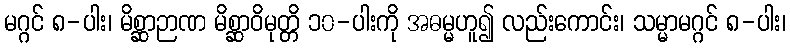
မဂ္ဂင် ၈-ပါး၊ မိစ္ဆာဉာဏ မိစ္ဆာဝိမုတ္တိ ၁၀-ပါးကို အဓမ္မဟူ၍ လည်းကောင်း၊ သမ္မာမဂ္ဂင် ၈-ပါး၊